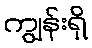
ကျွန်းရှိ